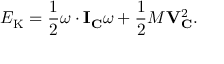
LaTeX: E _ { \mathrm { K } } = { \frac { 1 } { 2 } } { \boldsymbol { \omega } } \cdot \mathbf { I } _ { \mathbf { C } } { \boldsymbol { \omega } } + { \frac { 1 } { 2 } } M \mathbf { V } _ { \mathbf { C } } ^ { 2 } .